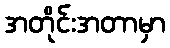
အတိုင်းအတာမှာ